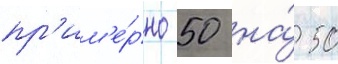
пр'им'е́рно 50 на́ 50